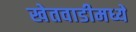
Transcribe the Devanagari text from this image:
खेतवाडीमध्ये